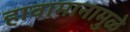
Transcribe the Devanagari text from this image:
हावामानामुळे